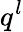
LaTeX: q^{l}